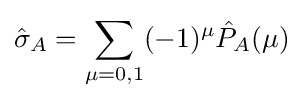
{\hat {\sigma }}_{A}=\sum _{\mu =0,1}(-1)^{\mu }{\hat {P}}_{A}(\mu )